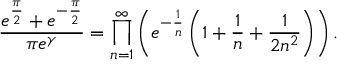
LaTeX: { \frac { e ^ { \frac { \pi } { 2 } } + e ^ { - { \frac { \pi } { 2 } } } } { \pi e ^ { \gamma } } } = \prod _ { n = 1 } ^ { \infty } \left( e ^ { - { \frac { 1 } { n } } } \left( 1 + { \frac { 1 } { n } } + { \frac { 1 } { 2 n ^ { 2 } } } \right) \right) .